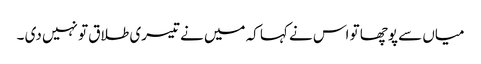
میاں سے پوچھا تو اس نے کہا کہ میں نے تیسری طلاق تو نہیں دی ۔